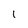
Character: 1